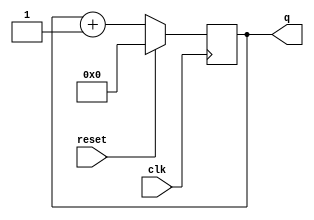
module top_module (
    input           clk,
    input           reset,
    output  [3:0]   q
);

    reg     [3:0]   counter;
    always @(posedge clk) begin
        if (reset)
            counter <= '0;
        else
            counter <= counter + 1'b1;
    end

    assign q = counter;

endmodule